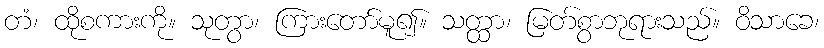
တံ၊ ထိုစကားကို။ သုတွာ၊ ကြားတော်မူ၍။ သတ္ထာ၊ မြတ်စွာဘုရားသည်။ ဝိသာခေ၊